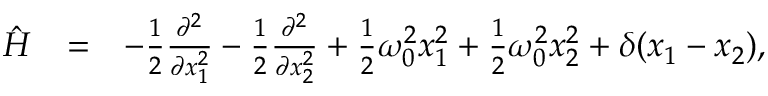
\begin{array} { r l r } { \hat { H } } & { = } & { - \frac { 1 } { 2 } \frac { \partial ^ { 2 } } { \partial x _ { 1 } ^ { 2 } } - \frac { 1 } { 2 } \frac { \partial ^ { 2 } } { \partial x _ { 2 } ^ { 2 } } + \frac { 1 } { 2 } \omega _ { 0 } ^ { 2 } x _ { 1 } ^ { 2 } + \frac { 1 } { 2 } \omega _ { 0 } ^ { 2 } x _ { 2 } ^ { 2 } + \delta ( x _ { 1 } - x _ { 2 } ) , \; \; \; \; \; \; \; } \end{array}